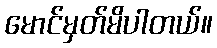
မောင်မှတ်မိပါတယ်။